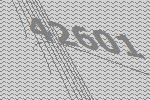
42601